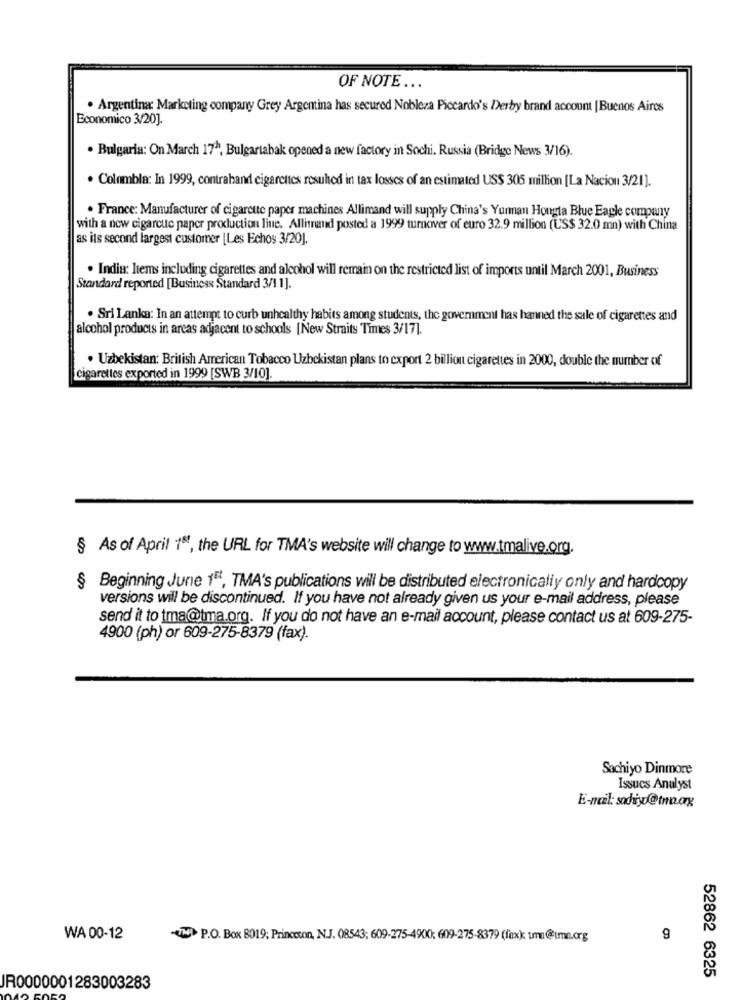
OF NOTE ...
. Argentina: Marketing company Grey Argentina has secured Nobleza Piccardo's Derby brand account |Buenos Aires
Economico 3/20].
· Bulgaria: On March 17", Bulgartabak opened a new factory in Sochi. Russia (Bridge News 3/16).
· Colombla: In 1999, contrahand cigarettes resuhed in tax losses of an estimated US$ 305 million [La Nacion 3/21].
. France: Manufacturer of cigarette paper machines Allimand will supply China's Yurman Hongta Blue Eagle company
with a new cigarcute paper production line. Allitand posted a 1999 turnover of euro 32.9 million (US$ 32.0 mn) with China
as its second largest customer [Les Echos 3/20].
. India: Items including cigarettes and alcohol will remain on the restricted list of imports until March 2001, Business
Standard reported [Business Standard 3/1 1].
. Sri Lanka: In an attempt to curb unhealthy habits among students, the government has hanned the sale of cigarettes and
alcohol products in areas adjacent to schools [New Straits Times 3/17].
. Uzbekistan: British American Tobacco Uzbekistan plans to export 2 billion cigarettes in 2000, double the number of
cigarettes exported in 1999 [SWB 3/10].
§ As of April 18, the URL for TMA's website will change to www.tmalive.org.
§ Beginning June 15, TMA's publications will be distributed electronically only and hardcopy
versions will be discontinued. If you have not already given us your e-mail address, please
send it to tma@tma.org. If you do not have an e-mail account, please contact us at 609-275-
4900 (ph) or 609-275-8379 (fax).
Sachiyo Dinmore
Issues Analyst
E-mail: sadiyo@tma.ay
WA 00-12
-UN> P.O. Box 8019; Princeton, N.J. 08543; 609-275-49(X); 609-275-8379 (fax) tma@uma.org
9
52862 6325
JR0000001283003283